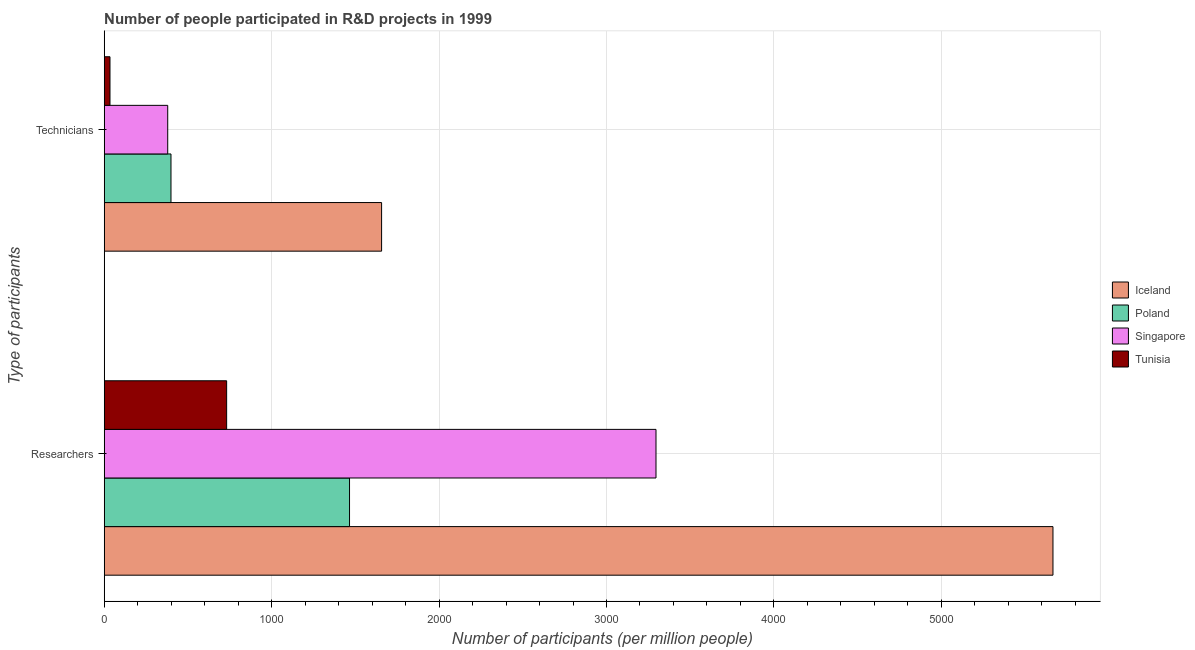
| Type of participants | Iceland | Poland | Singapore | Tunisia |
 | --- | --- | --- | --- | --- |
 | Researchers | 5.67e+03 | 1.47e+03 | 3.3e+03 | 731 |
 | Technicians | 1.66e+03 | 399 | 379 | 34.5 |